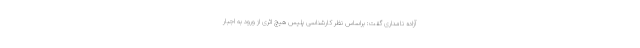
آزاده نامداری گفت: براساس نظر کارشناسی پلیس هیچ اثری از ورود به اجبار